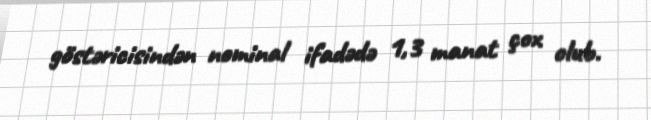
göstəricisindən nominal ifadədə 1,3 manat çox olub.